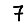
Digit: 7